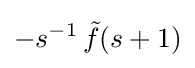
-s^{-1}\,{\tilde {f}}(s+1)